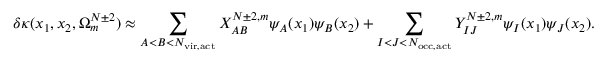
\delta \kappa ( x _ { 1 } , x _ { 2 } , \Omega _ { m } ^ { N \pm 2 } ) \approx \sum _ { A < B < N _ { \mathrm { v i r , a c t } } } X _ { A B } ^ { N \pm 2 , m } \psi _ { A } ( x _ { 1 } ) \psi _ { B } ( x _ { 2 } ) + \sum _ { I < J < N _ { \mathrm { o c c , a c t } } } Y _ { I J } ^ { N \pm 2 , m } \psi _ { I } ( x _ { 1 } ) \psi _ { J } ( x _ { 2 } ) .